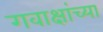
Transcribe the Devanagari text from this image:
गवाक्षांच्या